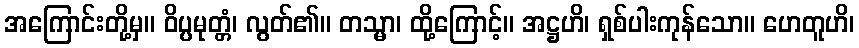
အကြောင်းတို့မှ။ ဝိပ္ပမုတ္တံ၊ လွတ်၏။ တသ္မာ၊ ထို့ကြောင့်။ အဋ္ဌဟိ၊ ရှစ်ပါးကုန်သော။ ဟေတူဟိ၊